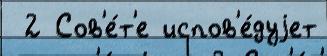
 2 Сов'е́т'е испов'е́дуjет